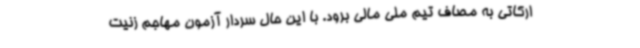
ارکاتی به مصاف تیم ملی مالی برود. با این حال سردار آزمون مهاجم زنیت